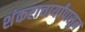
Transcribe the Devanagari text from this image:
शंकराचार्यांपासून